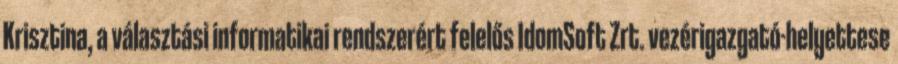
Krisztina, a választási informatikai rendszerért felelős IdomSoft Zrt. vezérigazgató-helyettese